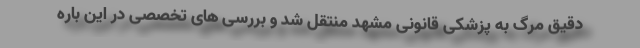
دقیق مرگ به پزشکی قانونی مشهد منتقل شد و بررسی های تخصصی در این باره